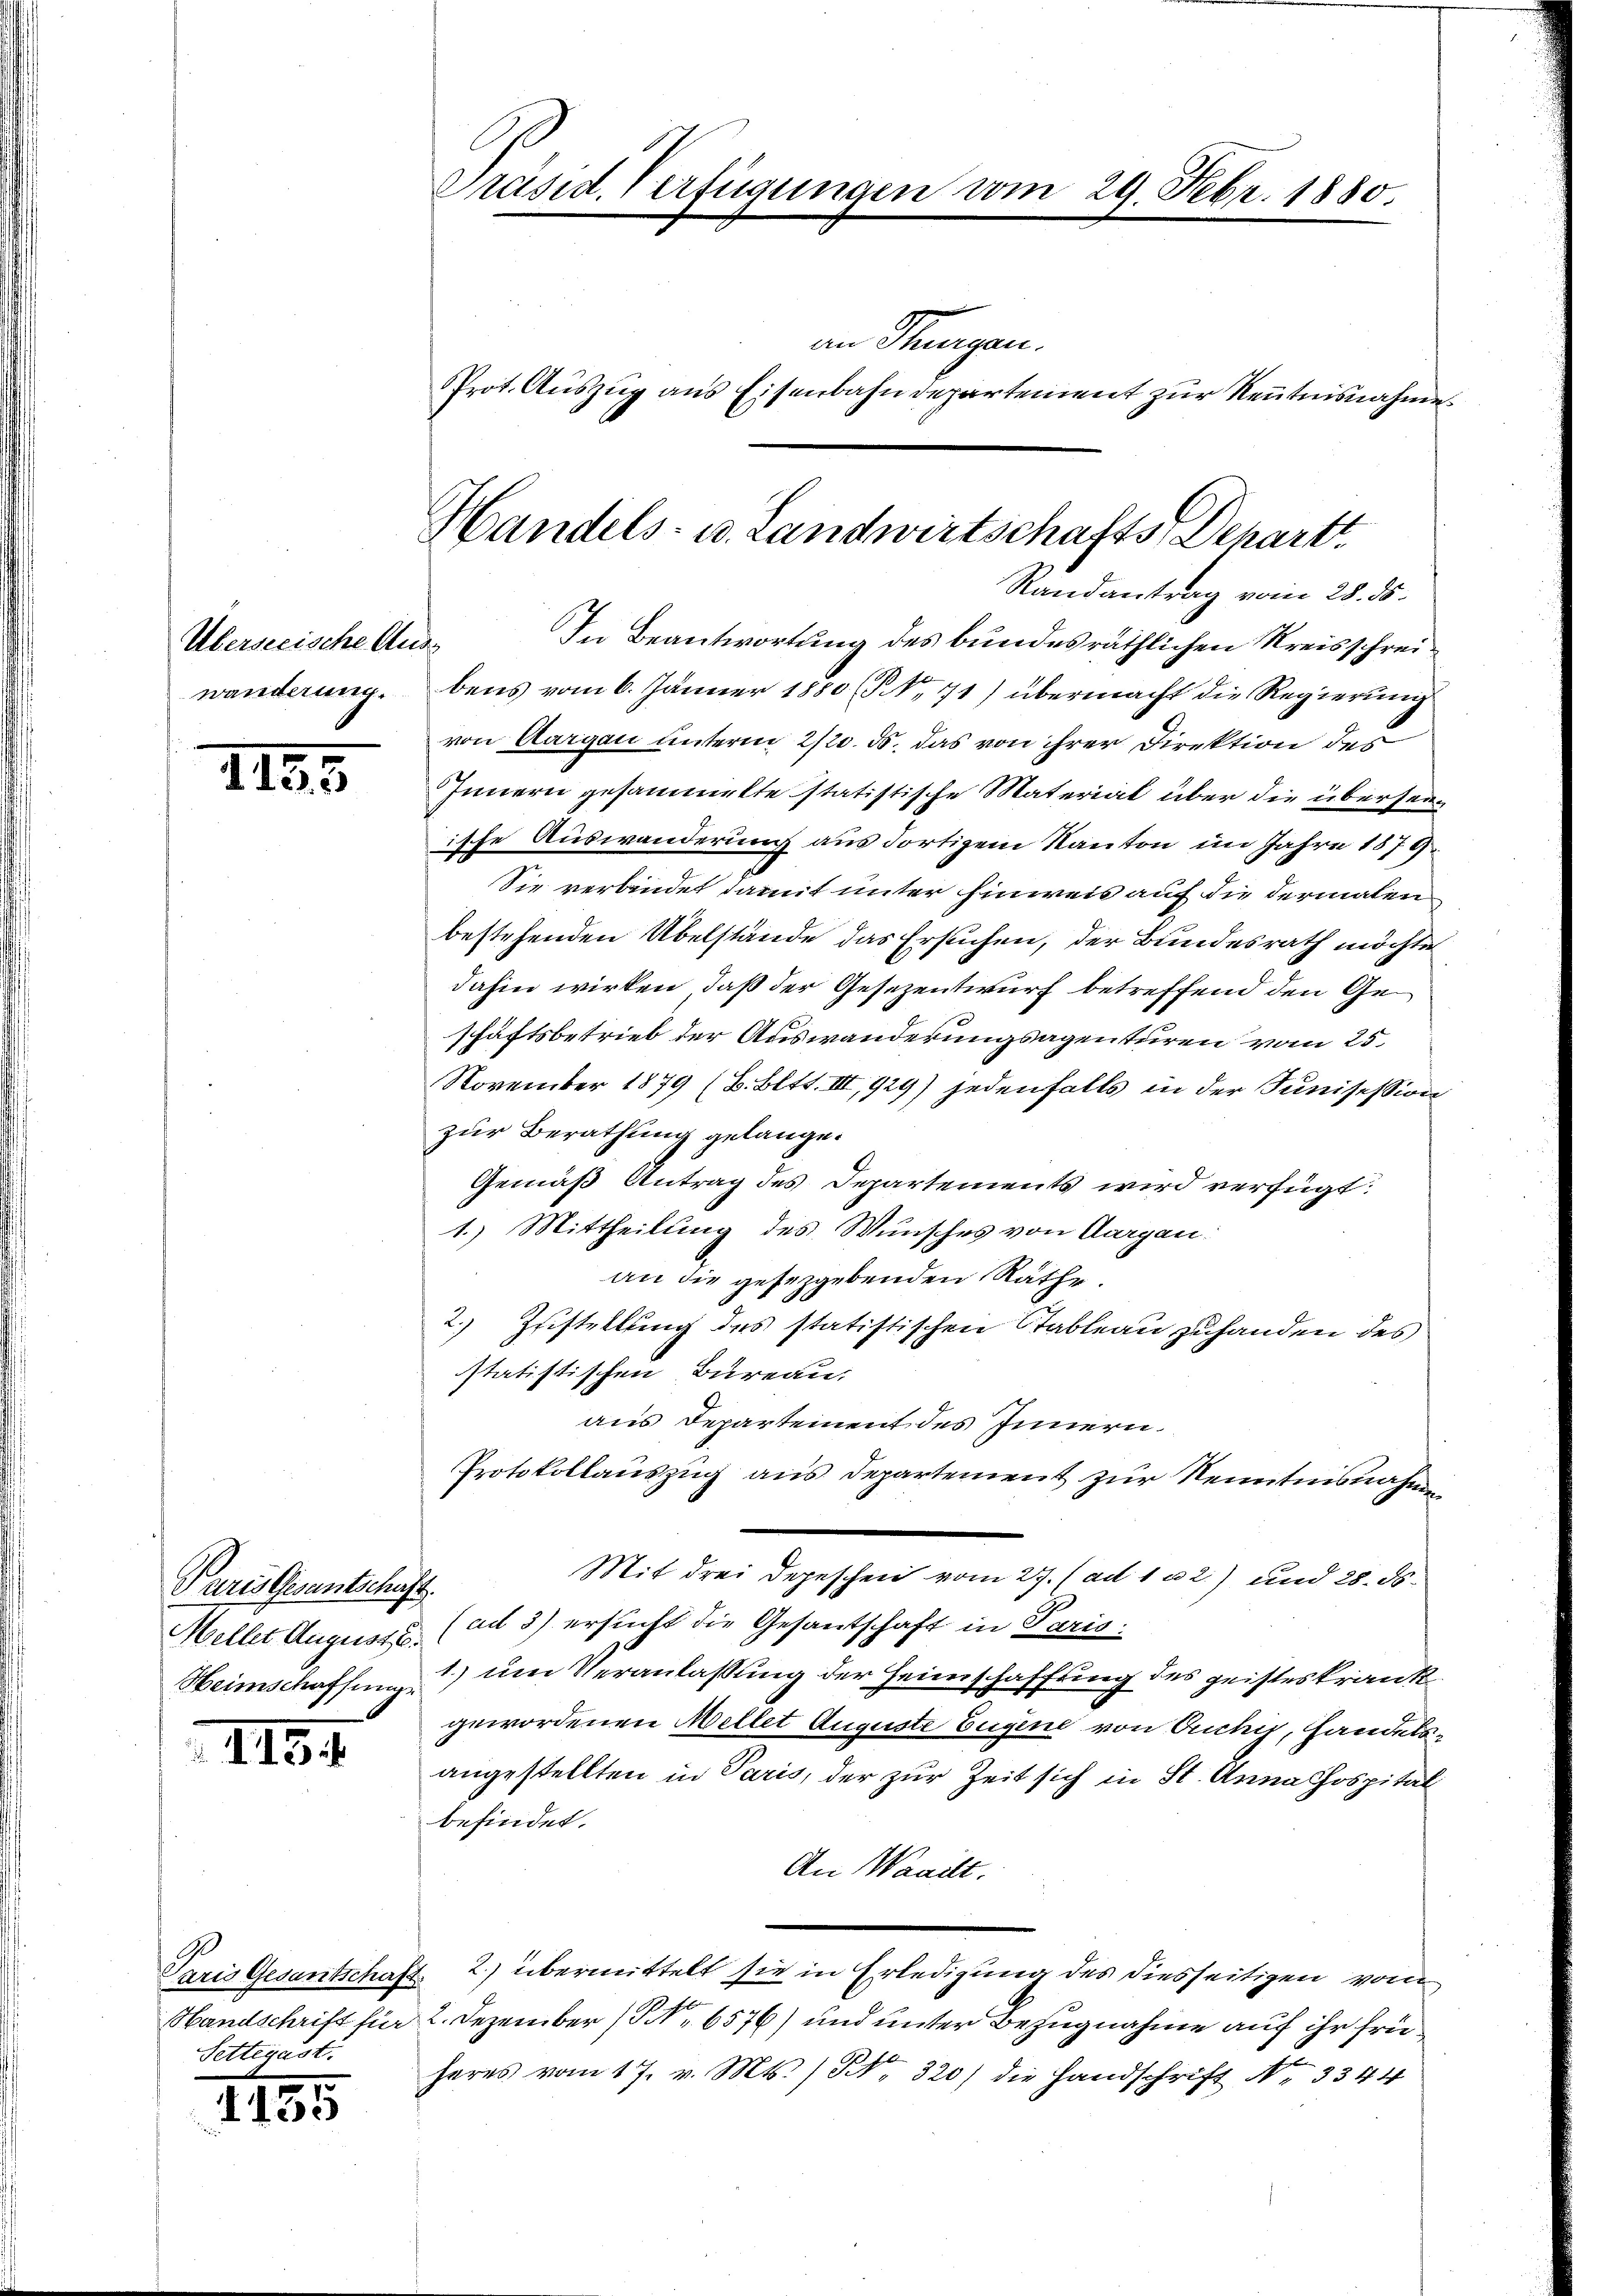
Überseeische Auss

1195

Paris Gesantschaft.
Mellet August.
Heimschaffunge

III. 4

Settegast.

1135

Präsid. Verfügungen vom 29. Febr. 1880.
an Thurgau.
Prot. Auszug aus Eisenbahndepartement zur Kenntnisnahme.

Handels- u. Landwirtschafts Depart
Randantrag vom 28. ds.

In Beantwortung des bundesräthlichen Kreisschreiwänderung bens vom 6. Jänner 1880 (NNo. 71) übermacht die Regierung
von Aargau unterm 2/20. ds. das von ihrer Direktion der
Innern gesammtte statistische Materiat über die überseiische Auswanderung aus dortigem Kanton im Jahre 1879.
Sie verbindet damit unter hinweis auf die dermalen
bestehenden Übelstände das Ersuchen, der Bundesrath möchte
dahin wirken, daß der Gesezentwurf betreffend den Geschäftsbetrieb der Auswanderungsagenturen vom 25.
November 1879 (B. Bett. III, 929) jedenfalls in der Junisession
zur Berathung gelange.
Gemäß Antrag des Departements wird verfügt:
1.) Mittheilung des Wunsches von Aargau.
an die gesetzgebenden Räthe.
2.) Zustellung des statistischen Stableau zuhanden des
statistischen Bureau.
aus Departement des Innern,
Protokollauszug aus Departement zur Kenntnisnahme
Mit drei Depeschen vom 27. (ad 102) und 28. ds.
(ad 3) ersucht die Gesantschaft in Paris:
1.) um Veranlaßung der Heimschaffung des geisteskrankgewordenen Mellet Auguste Eugene von Ouchig, Handelsangestellten in Paris, der zur Zeit sich in St. Anna hospital
befindet.
An Waadt.
Paris Gesantschaft 2) übermittelt sie in Erledigung des diesseitigen vom
Handschrift für 2. Dezember (N. 6576) und unter Bezugnahme auf ihr frü¬
.
heres vom 17. v. Mts. S. 320) die Handschrift No. 3344